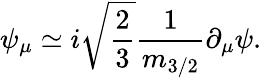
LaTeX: \psi_{\mu}\simeq i\sqrt{\frac{2}{3}}\frac{1}{m_{3/2}}\partial_{\mu}\psi.